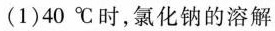
(1)40℃时，氯化钠的溶解